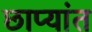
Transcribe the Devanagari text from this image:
छाप्यांत